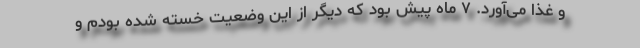
و غذا می‌آورد. ۷ ماه پیش بود که دیگر از این وضعیت خسته شده بودم و